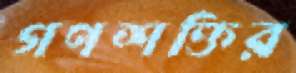
গণশক্তির